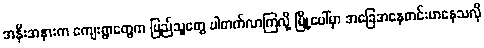
အနီးအနားက ကျေးရွာတွေက ပြည်သူတွေ ပါတက်လာကြလို့ မြို့ပေါ်မှာ အခြေအနေတင်းမာနေသလို